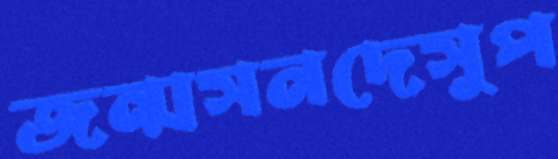
জন্মসনদেসুপ